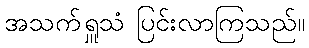
အသက်ရှူသံ ပြင်းလာကြသည်။